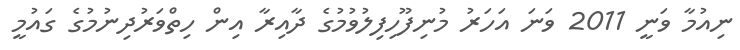
ނިއުމާ ވަނީ 2011 ވަނަ އަހަރު މުނިފޫހިފިލުވުމުގެ ދާއިރާ އިން ހިތްވަރުދިނުމުގެ ގައުމީ